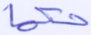
حكما